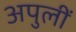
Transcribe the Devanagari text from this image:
अपुलीं